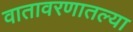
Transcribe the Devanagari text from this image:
वातावरणातल्या